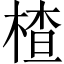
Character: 楂